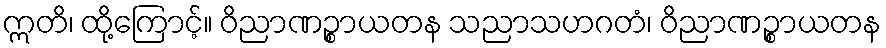
ဣတိ၊ ထို့ကြောင့်။ ဝိညာဏဉ္စာယတန သညာသဟဂတံ၊ ဝိညာဏဉ္စာယတန